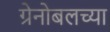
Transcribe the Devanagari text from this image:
ग्रेनोबलच्या